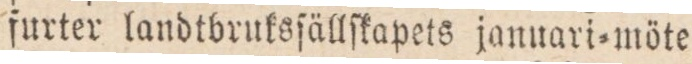
ſurter landtbruksſällſkapets januari=möte